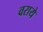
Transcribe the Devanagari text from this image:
वराये